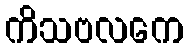
ကိသဗလကေ